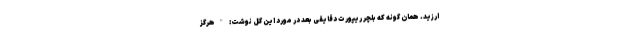
ارزید. همان گونه که بلچر ریپورت دقایقی بعد در مورد این گل نوشت: "هرگز